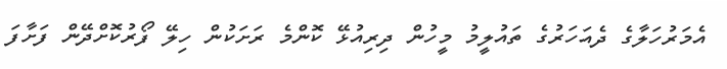
އެމަރުހަލާގެ ދެއަހަރުގެ ތައުލީމު މީހުން ދިރިއުޅޭ ކޮންމެ ރަށަކުން ހިލޭ ފޯރުކޮށްދޭން ފަށާފަ